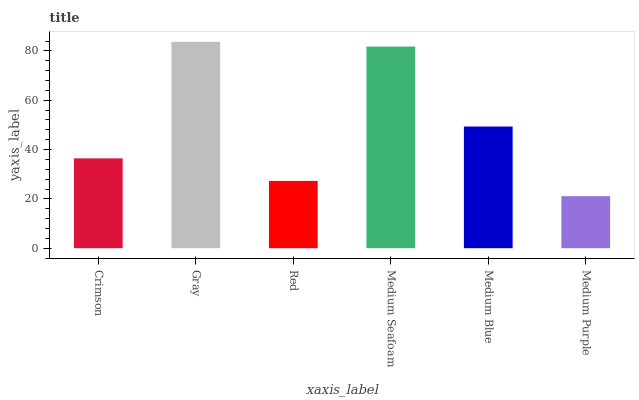
| xaxis_label | bars |
 | --- | --- |
 | Crimson | 36.4 |
 | Gray | 83.7 |
 | Red | 27.3 |
 | Medium Seafoam | 81.8 |
 | Medium Blue | 49.4 |
 | Medium Purple | 21.1 |